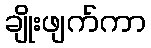
ချိုးဖျက်ကာ